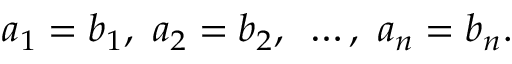
a _ { 1 } = b _ { 1 } , { \mathrm { ~ } } a _ { 2 } = b _ { 2 } , { \mathrm { ~ } } \ldots , { \mathrm { ~ } } a _ { n } = b _ { n } .